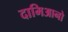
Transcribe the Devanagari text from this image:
दामिआनो